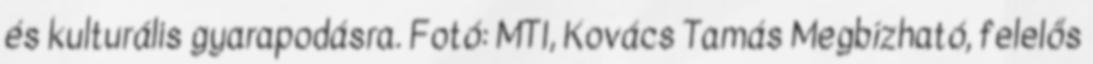
és kulturális gyarapodásra. Fotó: MTI, Kovács Tamás Megbízható, felelős